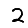
Digit: 2